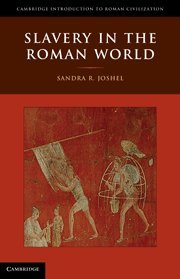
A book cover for Slavery in the Roman World (Cambridge Introduction to Roman Civilization); Sandra R. Joshel; History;